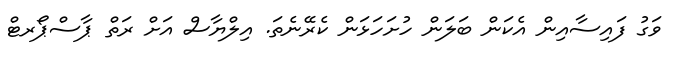
ވަގު ފައިސާއިން އެކަން ބަލަން ހުށަހަޅަން ކެރޭނެތަ. އިލްޔާސް އަށް ރަތް ޕާސްޕޯރޓް